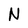
Character: N